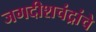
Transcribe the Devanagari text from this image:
जगदीशचंद्रांचे